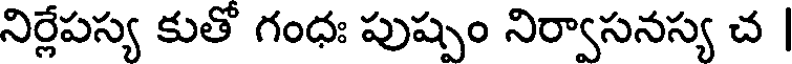
నిర్లేపస్య కుతో గంధః పుష్పం నిర్వాసనస్య చ |